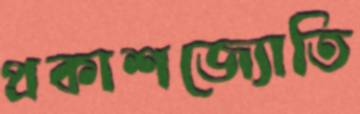
প্রকাশজ্যোতি